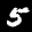
Label: 5